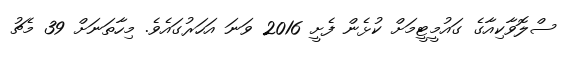
ސްލޮވާކިއާގެ ގައުމީޓީމަށް ކުޅެން ފެށީ 2016 ވަނަ އަހަރުގައެވެ. މިހާތަނަށް 39 މެޗު